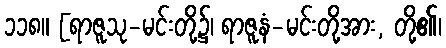
၁၁၈။ [ရာဇူသု-မင်းတို့၌၊ ရာဇူနံ-မင်းတို့အား, တို့၏၊